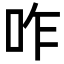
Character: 咋